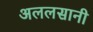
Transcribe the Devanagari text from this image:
अललसानी